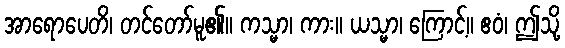
အာရောပေတိ၊ တင်တော်မူ၏။ ကသ္မာ၊ ကား။ ယသ္မာ၊ ကြောင့်။ ဧဝံ၊ ဤသို့